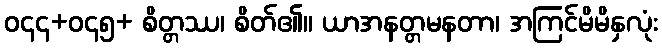
ဝ၄၄+ဝ၄၅+ စိတ္တဿ၊ စိတ်၏။ ယာအနတ္တမနတာ၊ အကြင်မိမိနှလုံး